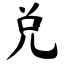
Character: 兑